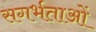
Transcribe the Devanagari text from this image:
सगर्भताओं